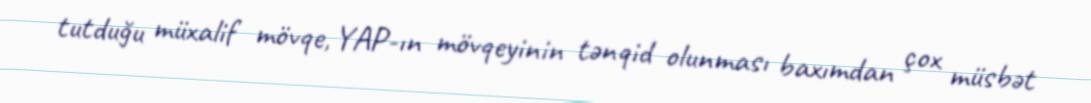
tutduğu müxalif mövqe, YAP-ın mövqeyinin tənqid olunması baxımdan çox müsbət